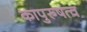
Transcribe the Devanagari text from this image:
कापुरुषत्व